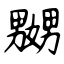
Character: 嬲